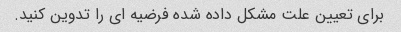
برای تعیین علت مشکل داده شده فرضیه ای را تدوین کنید.